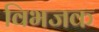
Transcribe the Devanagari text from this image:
विभजक